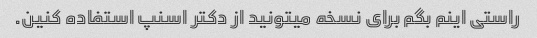
راستی اینم بگم برای نسخه میتونید از دکتر اسنپ استفاده کنین.